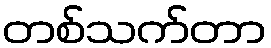
တစ်သက်တာ